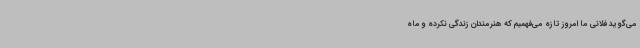
می‌گوید فلانی ما امروز تازه می‌فهمیم که هنرمندان زندگی نکرده‌ و ماه